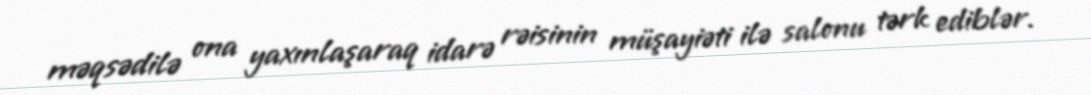
məqsədilə ona yaxınlaşaraq idarə rəisinin müşayiəti ilə salonu tərk ediblər.